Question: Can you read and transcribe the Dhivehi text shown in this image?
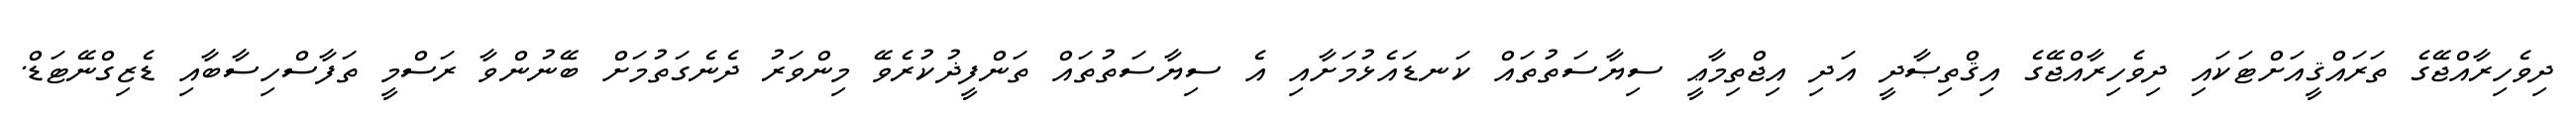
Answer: ދިވެހިރާއްޖޭގެ ތަރައްޤީއަށްޓަކައި ދިވެހިރާއްޖޭގެ އިޤްތިޞާދީ އަދި އިޖްތިމާޢީ ސިޔާސަތުތައް ކަނޑައެޅުމަށާއި އެ ސިޔާސަތުތައް ތަންފީޛުކުރެވޭ މިންވަރު ދެނެގަތުމަށް ބޭނުންވާ ރަސްމީ ތަފާސްހިސާބާއި ޑެޒިގްނޭޓަޑް.